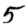
Digit: 5